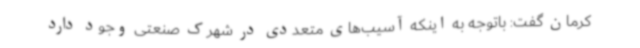
کرمان گفت: باتوجه به اینکه آسیب‌های متعددی در شهرک صنعتی وجود دارد